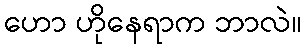
ဟော ဟိုနေရာက ဘာလဲ။